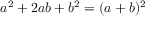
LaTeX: a ^ { 2 } + 2 a b + b ^ { 2 } = ( a + b ) ^ { 2 }